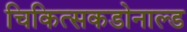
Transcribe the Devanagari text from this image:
चिकित्सकडोनाल्ड